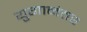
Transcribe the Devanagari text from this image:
युगानंतर